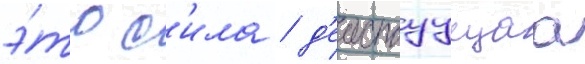
э́то с'ила / д'еиствуущаа